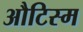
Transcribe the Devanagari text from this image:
औटिस्म